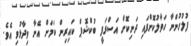
ފުލުހުންނާ ހަވާލުކޮށްފައި ދަނިކޮށް އަސްރަފީ ބުކްޝޮޕް ކައިރިން ކަމަށް އޭނާ ވިދާޅުވި އެވެ.